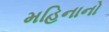
મહિનાનો